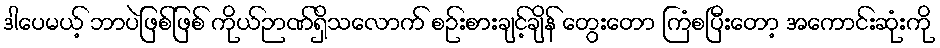
ဒါပေမယ့် ဘာပဲဖြစ်ဖြစ် ကိုယ်ဉာဏ်ရှိသလောက် စဉ်းစားချင့်ချိန် တွေးတော ကြံစပြီးတော့ အကောင်းဆုံးကို